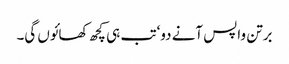
برتن واپس آنے دو‘ تب ہی کچھ کھائوں گی۔